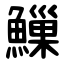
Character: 䲃